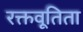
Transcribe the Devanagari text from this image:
रक्तवूतिता